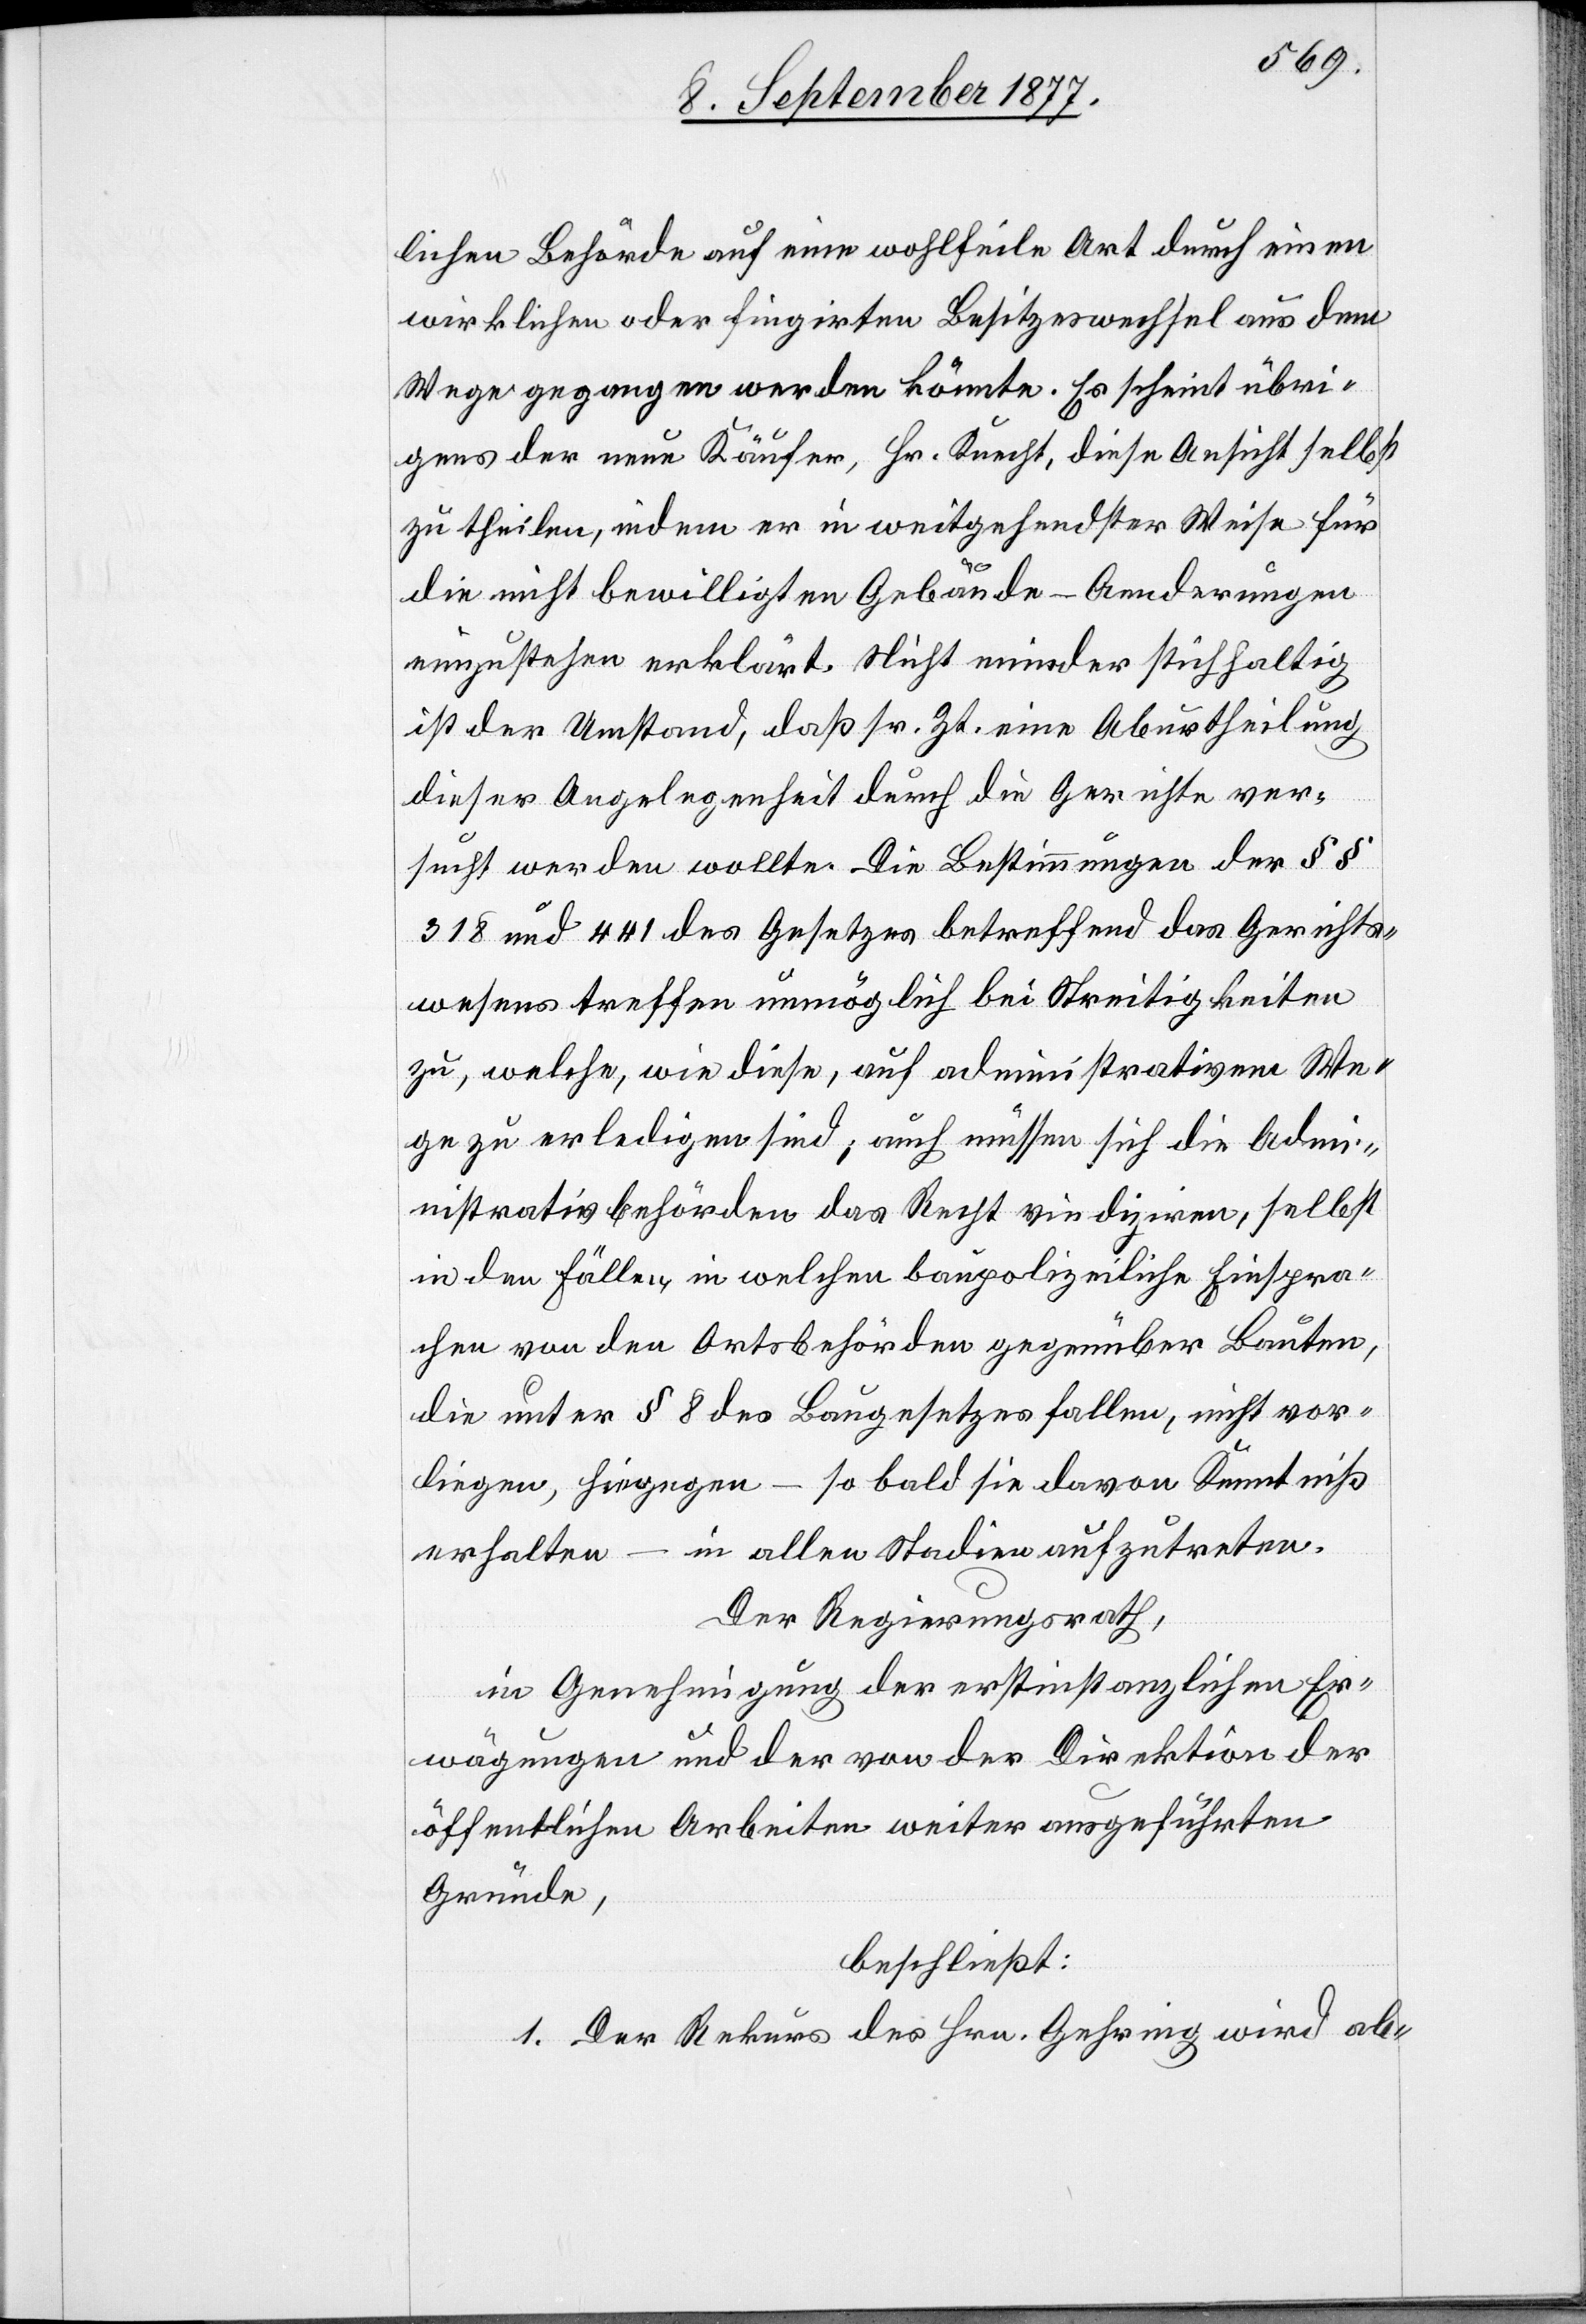
lichen Behörde auf eine wohlfeile Art durch einen
wirklichen oder fingirten Besitzeswechsel aus dem
Wege gegangen werden könnte. Es scheint übri¬
gens der neue Käufer, Hr. Knecht, diese Ansicht selbst
zu theilen, indem er in weitgehendster Weise für
die nicht bewilligten Gebäude-Aenderungen
einzustehen erklärt. Nicht minder stichhaltig
ist der Umstand, daß sr. Zt. eine Aburtheilung
dieser Angelegenheit durch die Gerichte ver¬
sucht werden wollte. Die Bestimmungen der §§
318 und 441 des Gesetzes betreffend das Gerichts¬
wesens [sic!] treffen unmöglich bei Streitigkeiten
zu, welche, wie diese, auf administrativem We¬
ge zu erledigen sind; auch müssen sich die Admin¬
istrativbehörden das Recht vindiziren, selbst
in den Fällen, in welchen baupolizeiliche Einspra¬
chen von den Ortsbehörden gegenüber Bauten,
die unter § 8 des Baugesetzes fallen, nicht vor¬
liegen, hiegegen – so bald sie davon Kenntniß
erhalten – in allen Stadien aufzutreten.
Der Regierungsrath,
in Genehmigung der erstinstanzlichen Er¬
wägungen und der von der Direktion der
öffentlichen Arbeiten weiter ausgeführten
Gründe,
beschließt:
1. Der Rekurs des Hrn. Gehring wird ab-